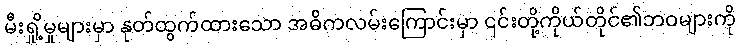
မီးရှို့မှုများမှာ နုတ်ထွက်ထားသော အဓိကလမ်းကြောင်းမှာ ၎င်းတို့ကိုယ်တိုင်၏ဘဝများကို